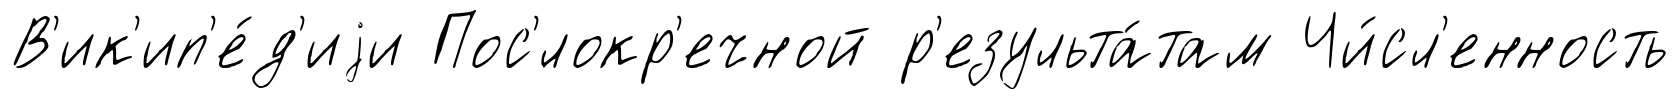
В'ик'ип'е́д'иjи Пос'́локр'ечной р'езульта́там Чи́сл'енность